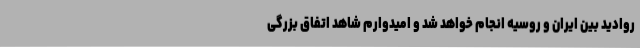
روادید بین ایران و روسیه انجام خواهد شد و امیدوارم شاهد اتفاق بزرگی